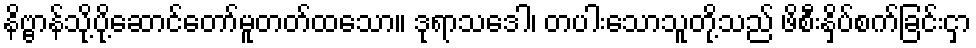
နိဗ္ဗာန်သို့ပို့ဆောင်တော်မူတတ်ထသော။ ဒုရာသဒေါ၊ တပါးသောသူတို့သည် ဖိစီးနှိပ်စက်ခြင်းငှာ